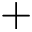
+